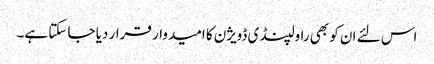
اس لئے ان کو بھی راولپنڈی ڈویژن کا امیدوار قرار دیا جا سکتا ہے۔